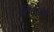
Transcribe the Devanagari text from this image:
शिनोळी